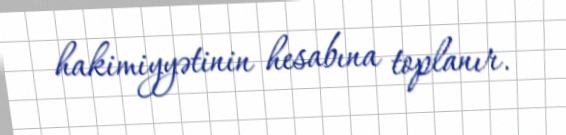
hakimiyyətinin hesabına toplanır.